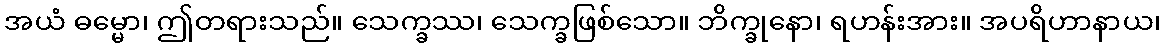
အယံ ဓမ္မော၊ ဤတရားသည်။ သေက္ခဿ၊ သေက္ခဖြစ်သော။ ဘိက္ခုနော၊ ရဟန်းအား။ အပရိဟာနာယ၊